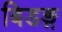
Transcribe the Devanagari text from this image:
बिडङ्ग